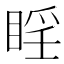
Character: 𪾮